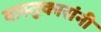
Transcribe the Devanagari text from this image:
वास्तुकारांनी